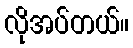
လိုအပ်တယ်။